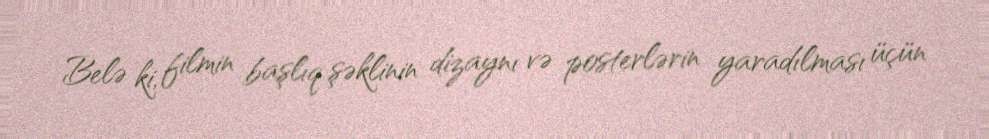
Belə ki, filmin başlıq şəklinin dizaynı və posterlərin yaradılması üçün